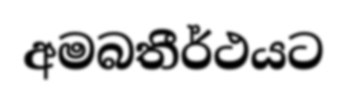
අමබතීර්ථයට